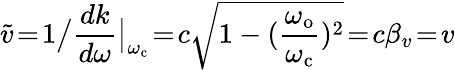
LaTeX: \widetilde{v}\! =\! 1\big/\frac{dk}{d\omega}\big|_{\omega_{\mathrm{c}}}\! =\! c\sqrt{1-(\frac{\omega_{\mathrm{o}}}{\omega_{\mathrm{c}}})^{2}}\! =\! c\beta_{v}\! =\! v